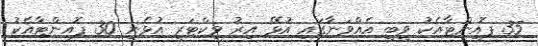
35 ޕޮއިންޓާއެކު ވީބީ އެއްވަނާގައި އުޅޭ އިރު ވިކްޓަރީ އުޅެނީ 30 ޕޮއންޓާއެކު